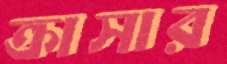
ক্রাসার